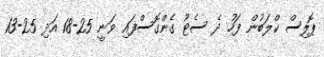
ޕޮލިސް ކްލަބުން ފަހު ދެ ސެޓު ގެންގޮސްފައި ވަނީ 25-18 އަދި 25-13